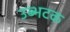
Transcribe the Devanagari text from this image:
उब्भटक